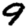
Digit: 9